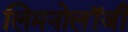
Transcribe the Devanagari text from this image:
लिमनोलॉजी